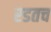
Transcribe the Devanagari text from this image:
रडतच